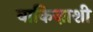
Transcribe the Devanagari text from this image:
वाकिज़ाशी